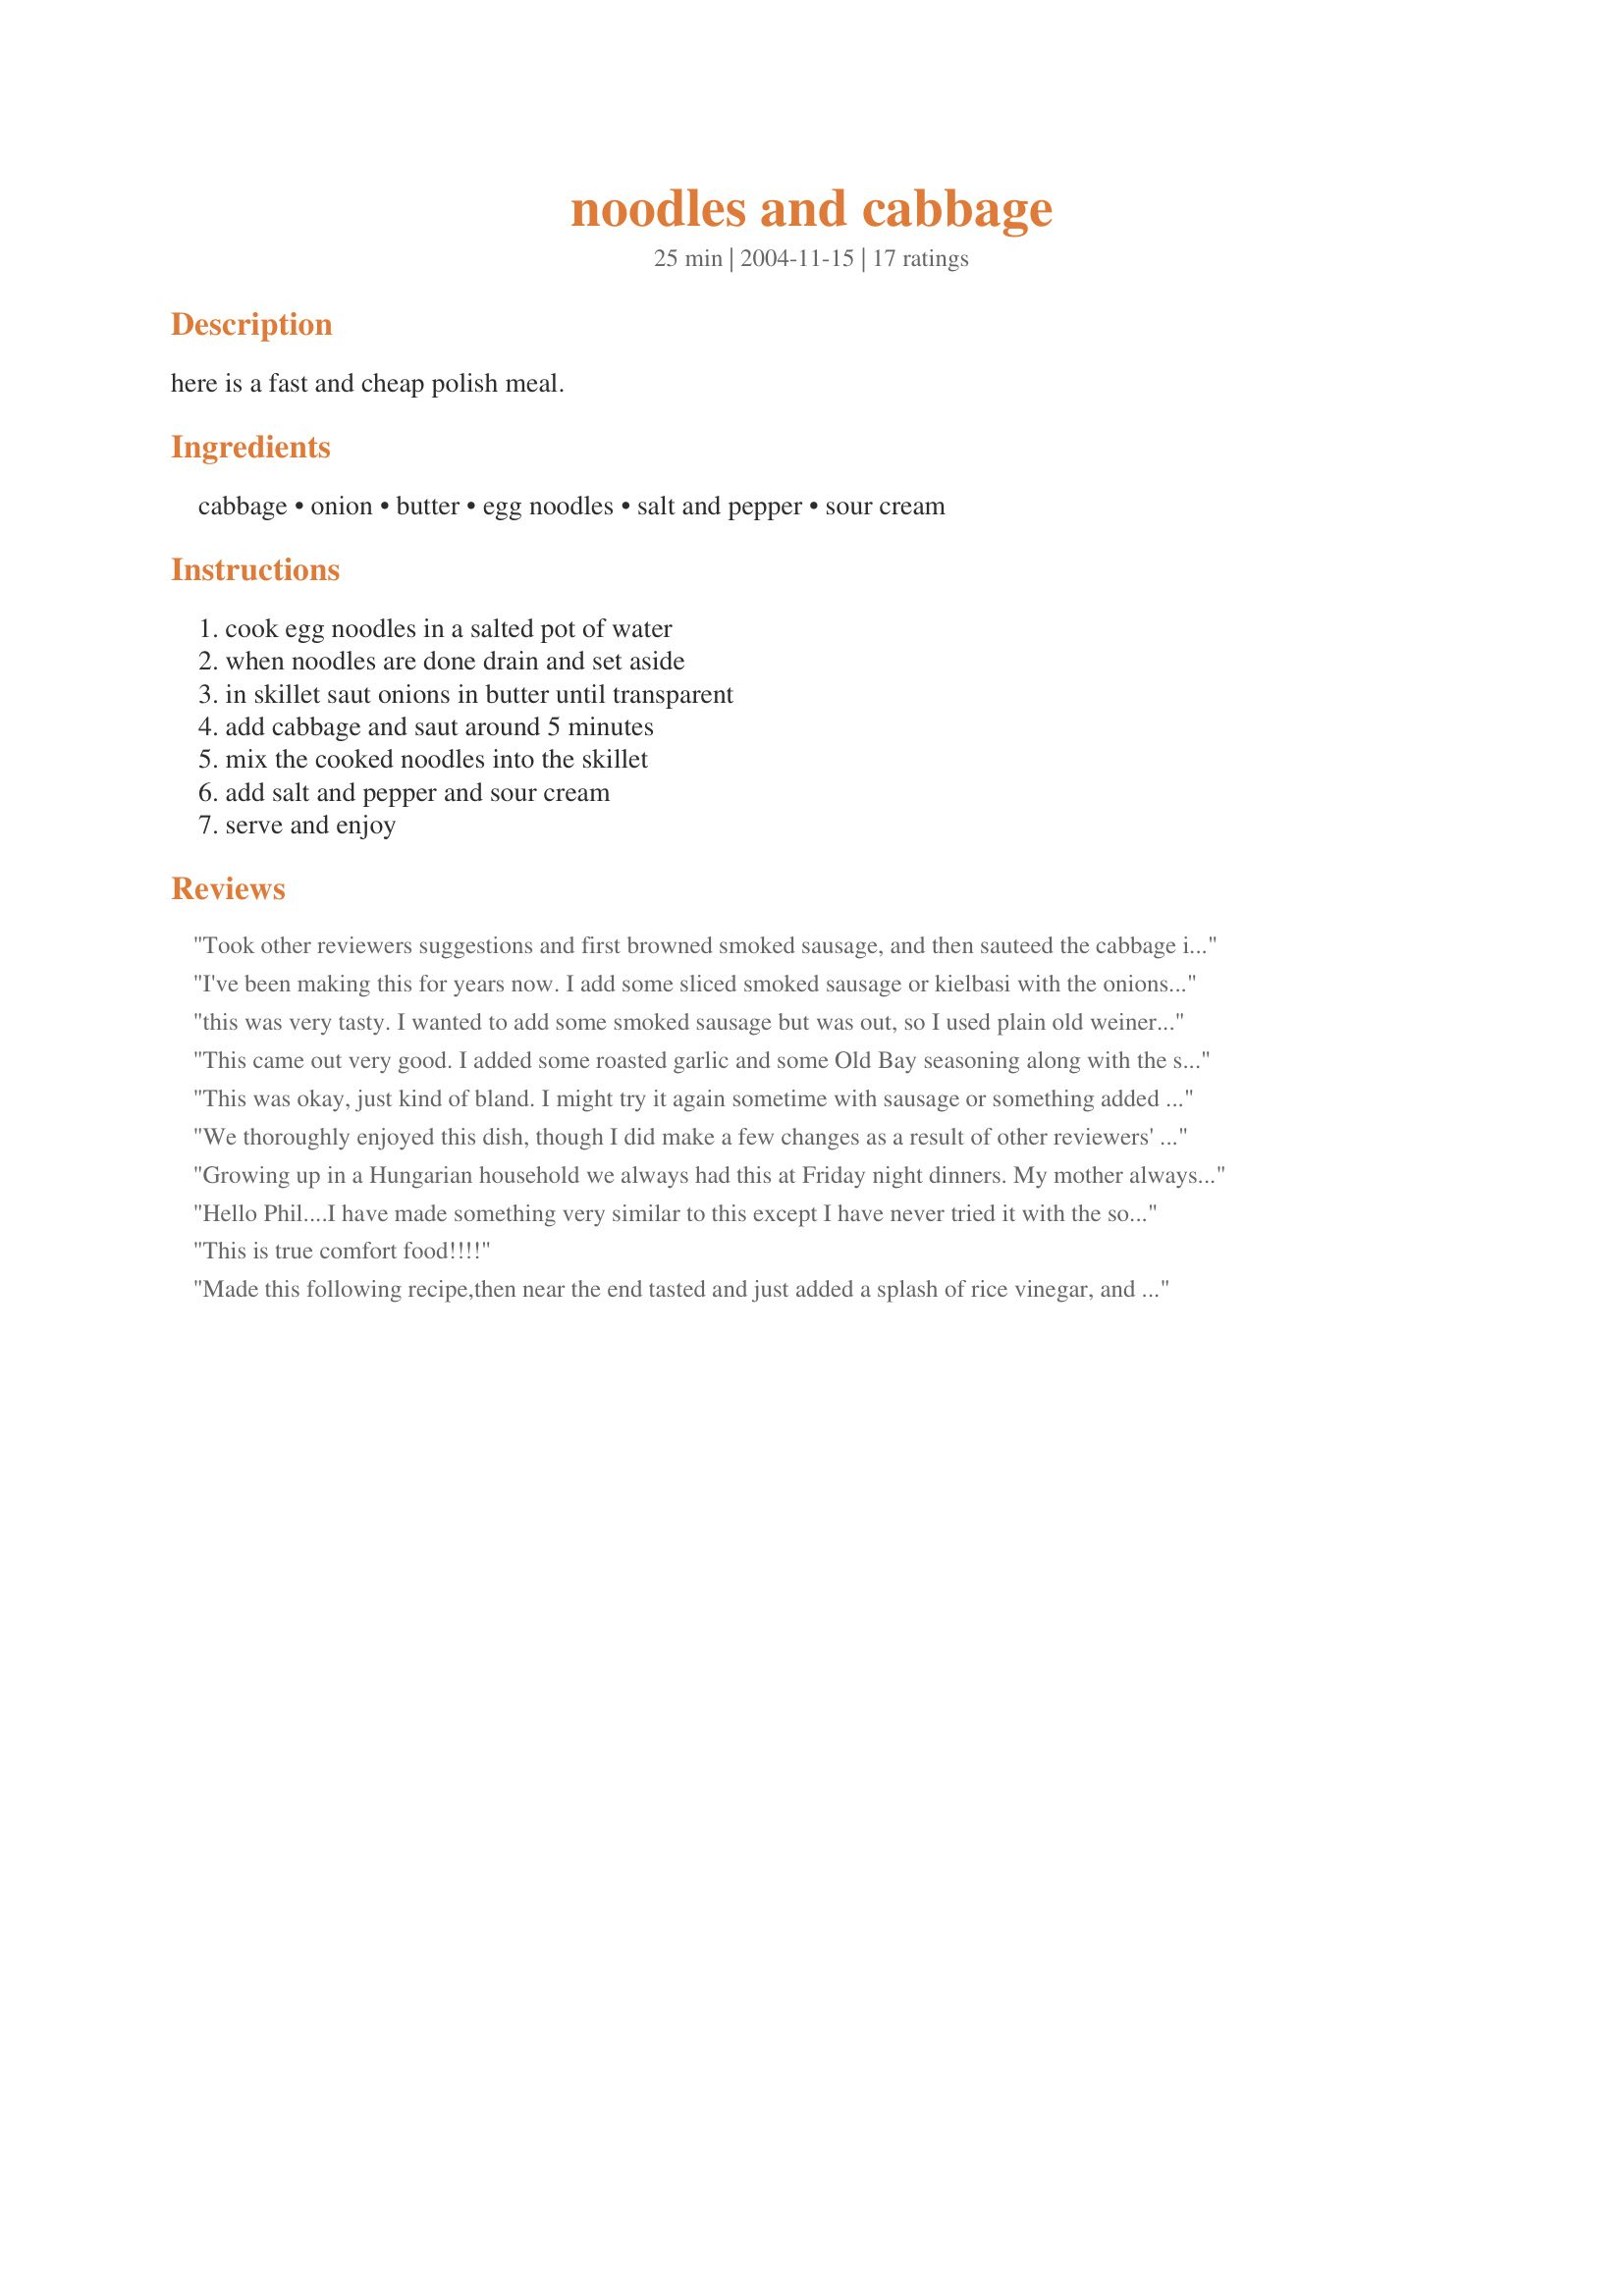
noodles and cabbage
Preparation time: 25 minutes

here is a fast and cheap polish meal.

Ingredients:
cabbage, onion, butter, egg noodles, salt and pepper, sour cream

Steps:
cook egg noodles in a salted pot of water, when noodles are done drain and set aside, in skillet saut onions in butter until transparent, add cabbage and saut around 5 minutes, mix the cooked noodles into the skillet, add salt and pepper and sour cream, serve and enjoy

Reviews:
Took other reviewers suggestions and first browned smoked sausage, and then sauteed the cabbage in the sausage drippings (drain most off). Wow! This is great, hearty fare and so simple.
I've been making this for years now. I add some sliced smoked sausage or kielbasi with the onions, quarter up a whole head of cabbadge and add some granulated chicken bouillon. excellent recipe
this was very tasty. I wanted to add some smoked sausage but was out, so I used plain old weiners. Very good
This came out very good. I added some roasted garlic and some Old Bay seasoning along with the salt and pepper. I could see how frying a couple pieces of bacon or sausage along with it would be good too. Thanks!!
This was okay, just kind of bland. I might try it again sometime with sausage or something added for extra seasoning, maybe some garlic or maybe just garlic sausage. On the up side I liked the texture and I used coleslaw mix for the cabbage and frozen chopped onions so there was no actual effort on my part and it went from boing water to the table in about 12 minutes.
We thoroughly enjoyed this dish, though I did make a few changes as a result of other reviewers' suggestions and also because I was influenced by my recipe for Recipe #136498. I loved Mishkapett's use of bacon grease: that meant having 3 rashers of chopped bacon to add (added in step five). Cooking the onions and cabbage as Mishkapett suggested for several hours over a low heat made the cabbage and onions just SO wonderfully flavoursome. Towards the end of the cooking time, I added 4 cloves of finely minced garlic and a sprinkling of brown sugar. Instead of sour cream, I added a couple of generous dollops of creamy Greek yoghurt. We ate half of these noodles the night I made them, and the rest two nights later. Mishkapett is absolutely right: this is one of those recipes that is even better a day or two after it's been cooked. If you are using Greek yoghurt (or probably any yoghurt) instead of the sour cream, it's best to add it only the amount to be eaten at the time, as left for a day or two, it tends to separate in a way that sour cream doesn't. Though it could be drained easily! Next time I make this, I'm going to double the recipe and add some leeks. If you've not tried onions, leeks and garlic together, try them! It's also good to know that there is a super quick version of the recipe for those many, many times when speed is the essence!
Growing up in a Hungarian household we always had this at Friday night dinners. My mother always used bow-tie noodles, and so did I. Left out the sour cream because we had this with chicken (religious restriction) but did add some caraway seeds for nostagia. Good recipe, thanks!
Hello Phil....I have made something very similar to this except I have never tried it with the sourcream, I usually add a little soya sauce. Next time I make this I will try the sourcream. Thanks for posting.
This is true comfort food!!!!
Made this following recipe,then near the end tasted and just added a splash of rice vinegar, and that for some reason mellowed it to a sweeter meld. The only way you could go wrong is by adding too many noodles, I thought the one pound of cooked noodles way too much. I think I like it more cabbage than noodles, so next time will add just enough to suit the way I like it, this time I just tossed in all the cooked noodles. Also the buttery cabbage is so nice and moist it keeps the noodles moist in the mouth with cabbage juices instead of swimming in butter. Will make this again for sure. Oh I did add caraway too. Ate without sour cream as I didn't have it but next time will add it as I can see where is going to work well, overall this reminds me of perogie only with more flavour.
This is an excellent recipe. This is the exact one I use with one difference...I use equal amounts of bacon grease and butter to fry the cabbage and onions. I let the cabbage and onions cook on low heat for 3 to 4 hours. For some reason, the longer it cooks, it picks up an almost garlic flavor. I also don't serve it the day I make it either...I wait until the next day and again, for some reason, it tastes even better. Either way you make it, it's a great recipe!!
"i haven't tried this recipe but it sounds spot on... my grandma would make this for me every time i was feeling blue while i was growing up.... she's still kicking at 95 today and would love to see old homeworld recipes reinvented for a new generations..... good job
I loved this and have also had a version of it made with homemade potato dumplings that my Polish aunt used to make for us.. When I made this before I did add some bacon so I added it again. Used packaged kluski noodles and did chop more cabbage, my fav. Didnt top with the sour cream but sure did enjoy my dinner. Thank you for sharing Phil! Made and reviewed for Pick A Chef - Spring 2014.
Classic! This is a never-fails recipe. I like that this recipe isn&#039;t too heavy on the butter, so it isn&#039;t as greasy (and unhealthy) as some recipes. The onion is a must - don&#039;t skip it. Thanx for posting!
This was a pretty good, quick and easy meal. We made it for one of our weekly "veggie nights". I used spaghetti instead of wide noodles since that is what I had on hand. I added parmesan cheese to the top of my kids plates to get them to eat it better. My daughter loved it, my son did not. I thought it was wonderful. My husband always takes leftovers the next night to work since he works 2nd shift and doesn't eat dinner with us. He ended up forgetting to grad dinner on the way out the door the other night after a hectic day and never did get to try it yet. We did not have the sour cream on hand so maybe next time we will give that a whirl.
This was great; even moreso than I had expected. I used far more cabbage (to use the whole head) and cooked it longer, and also added 5 cloves of garlic, along with the S+P and some nutmeg. I used olive oil in place of butter. Following some other reviewers' musings, I added some prosciutto, which was nice, and topped each serving with 'shards' of parmesan cheese. Yes, these additions were beyond the 'basic' beginnings of the recipe, but would have been wasted on anything that wasn't so good to start with.
 This is so good, we added pork sausage, cooked seperately. You could add bacon , weiners or garlic sausage also. It would take a bit of sauerkraut too. We will make it many times. It is a winner.
